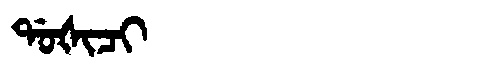
Manchu: ᡩᠣᡧᡳᠴᡳ
Romanization: DOŠICI